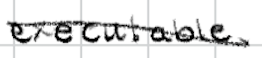
Text: executable
Cross-out: diagonal
Writing tool: digital_black